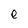
Character: e